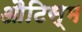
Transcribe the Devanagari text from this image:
औटिस्म